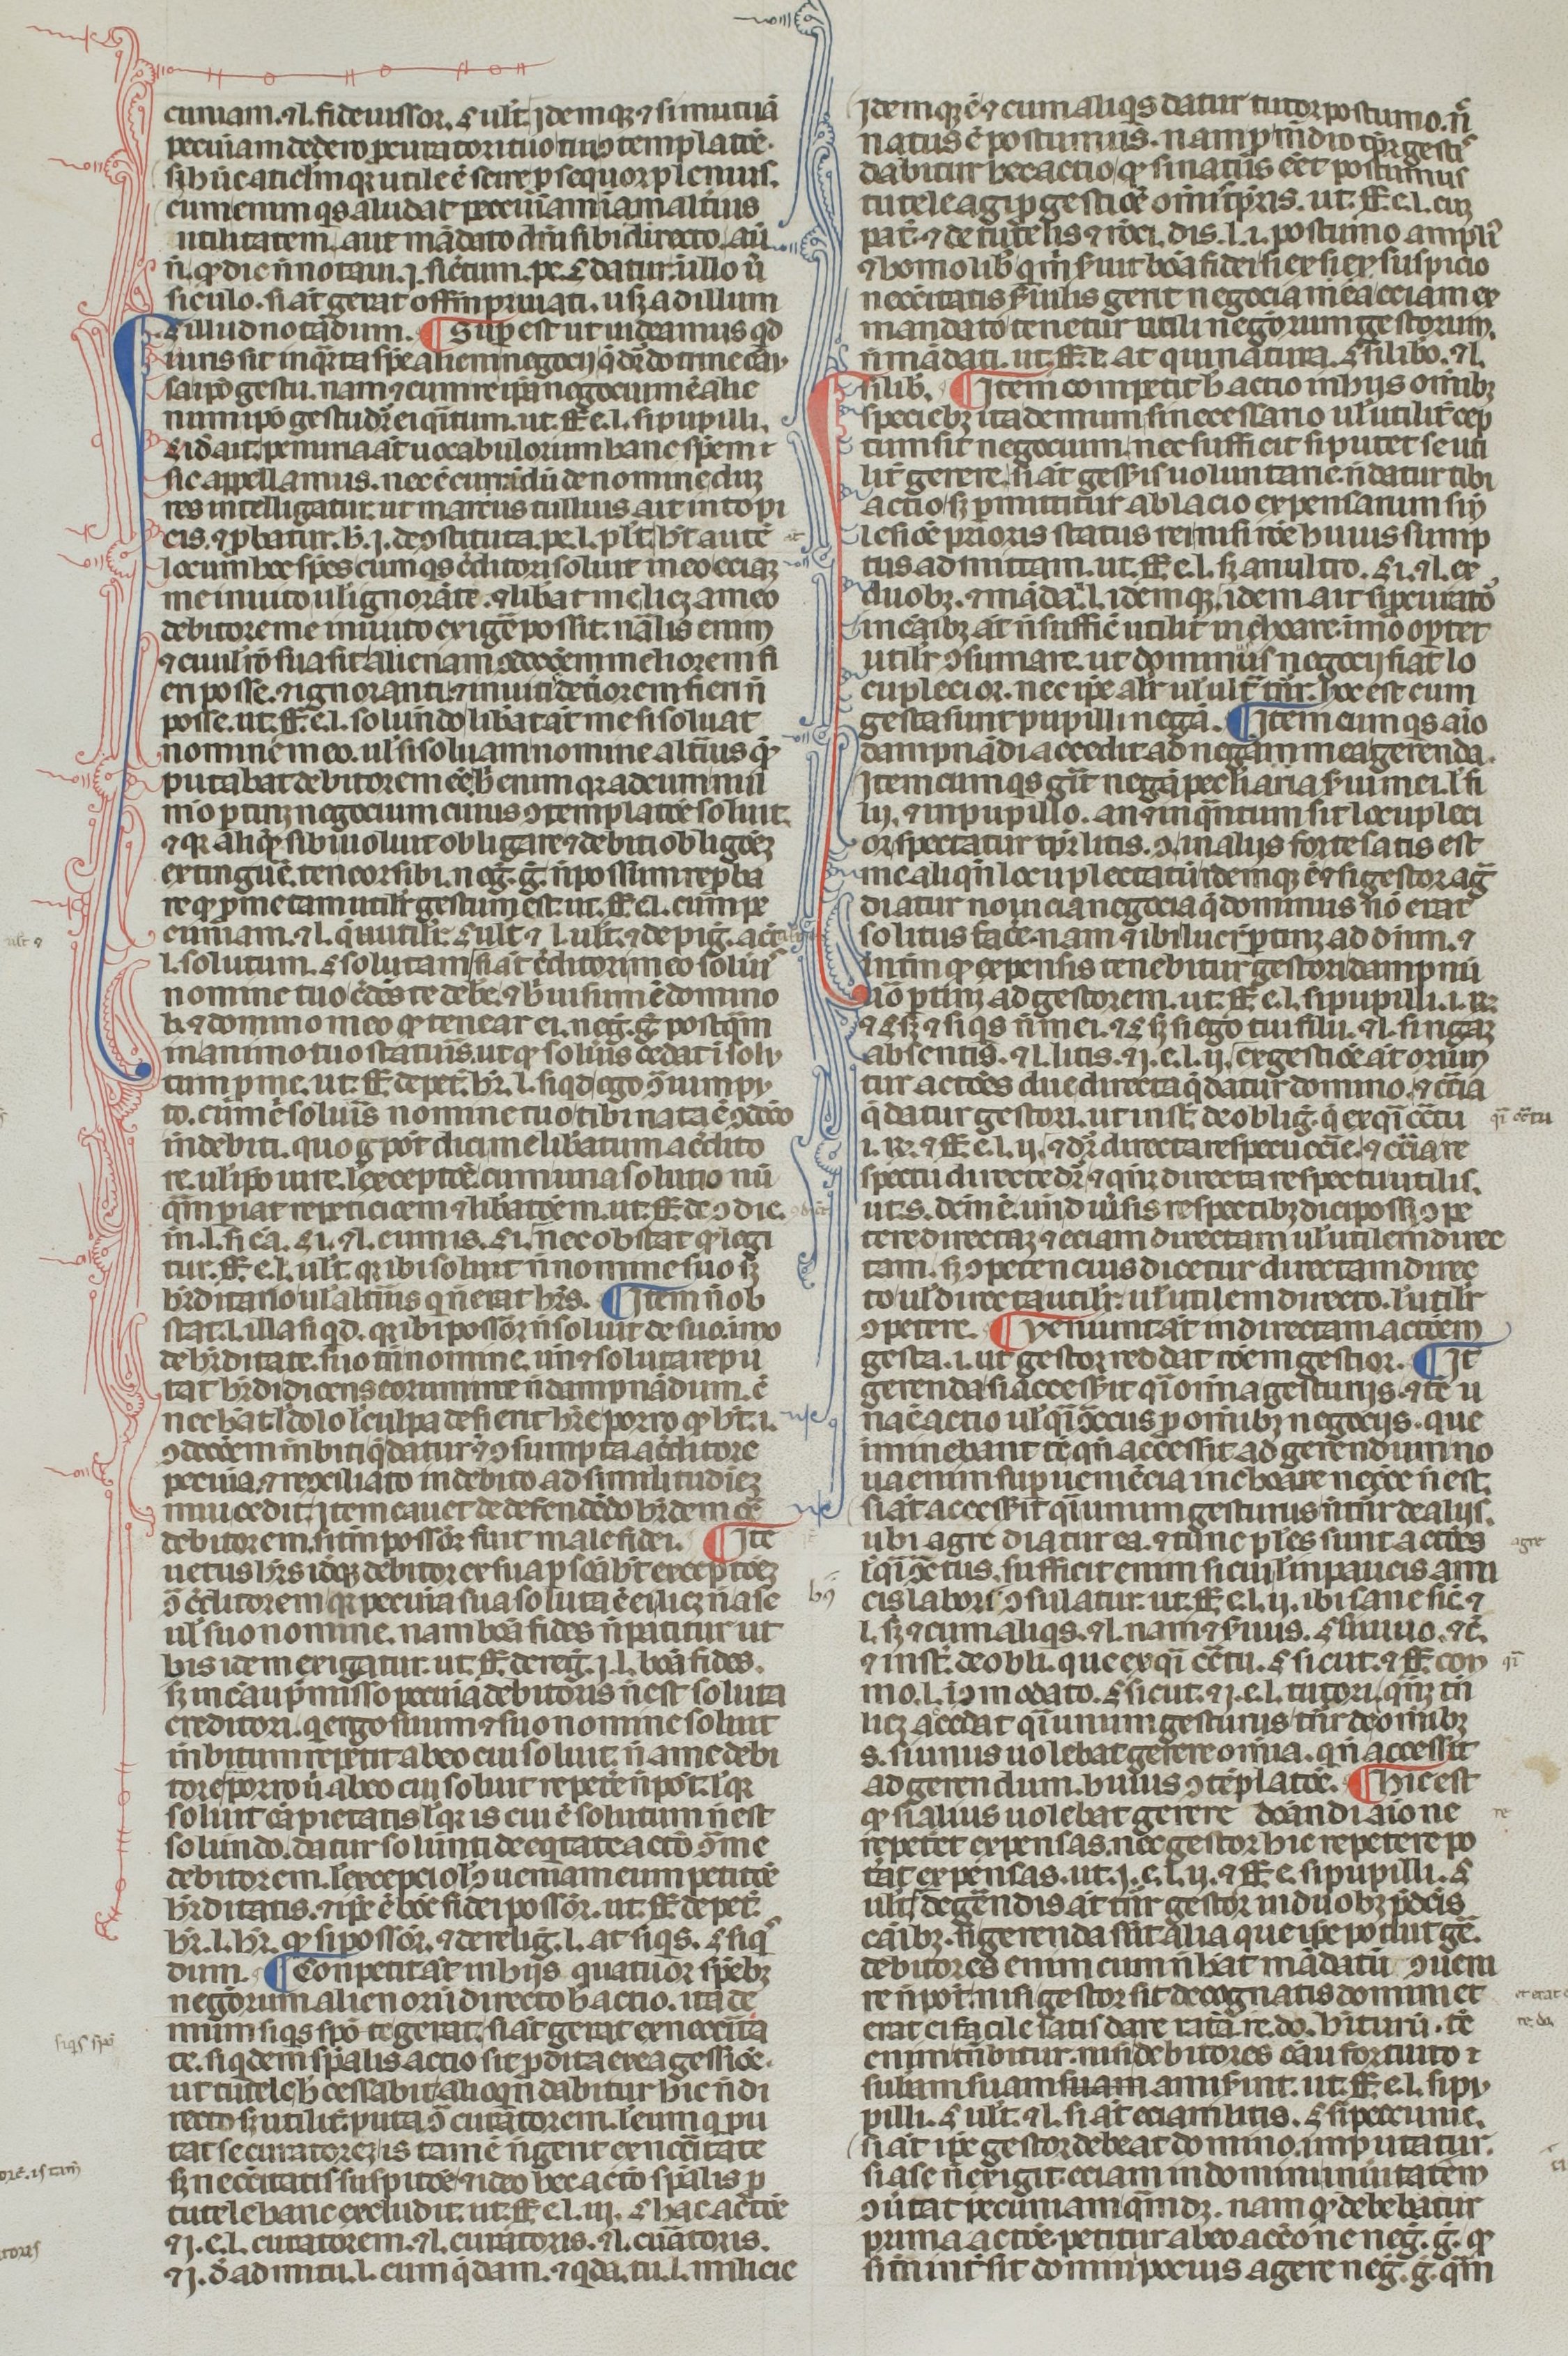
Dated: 1300–1399